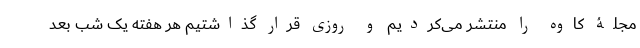
مجلۀ کاوه را منتشر می‌کردیم و روزی قرار گذاشتیم هر هفته یک شب بعد